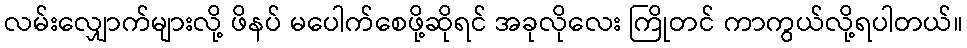
လမ်းလျှောက်များလို့ ဖိနပ် မပေါက်စေဖို့ဆိုရင် အခုလိုလေး ကြိုတင် ကာကွယ်လို့ရပါတယ်။